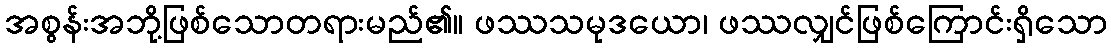
အစွန်းအဘို့ဖြစ်သောတရားမည်၏။ ဖဿသမုဒယော၊ ဖဿလျှင်ဖြစ်ကြောင်းရှိသော